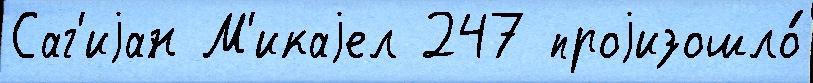
Саг'иjан М'икаjел 247 проjизошло́